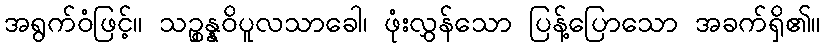
အရွက်ဝံဖြင့်။ သဉ္စန္နဝိပူလသာခေါ၊ ဖုံးလွှန်သော ပြန့်ပြောသော အခက်ရှိ၏။